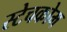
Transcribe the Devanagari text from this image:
स्टेचकोम